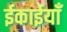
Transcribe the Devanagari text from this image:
ईकाईयाँ